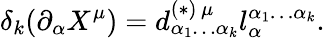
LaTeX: \delta_{k}(\partial_{\alpha}X^{\mu})=d_{\alpha_{1}\ldots\alpha_{k}}^{(\ast)\, \mu}l_{\alpha}^{\alpha_{1}\ldots\alpha_{k}}.